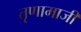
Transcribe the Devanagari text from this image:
तृणामाजी